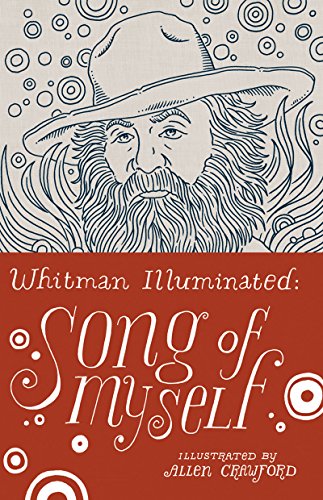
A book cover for Whitman Illuminated: Song of Myself; Walt Whitman; Arts & Photography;